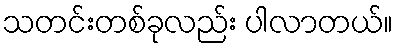
သတင်းတစ်ခုလည်း ပါလာတယ်။